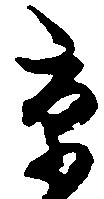
京